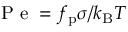
\mathrm { ~ P ~ e ~ } = f _ { \mathrm { p } } \sigma / k _ { \mathrm { B } } T